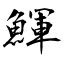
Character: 鯶